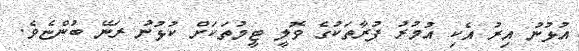
އުޅުނު އިރު އެކި އުމުރު ފުރާތަކުގެ ވޮލީ ޓީމުތަކަށް ކުޅުނު ރަނޭ ބުންޏެވެ.